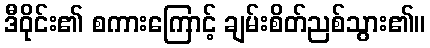
ဒီဝိုင်း၏ စကားကြောင့် ချမ်းစိတ်ညစ်သွား၏။